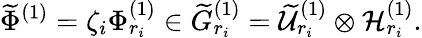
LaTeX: \widetilde{\Phi}^{(1)}=\zeta_{i}\Phi_{r_{i}}^{(1)}\in\widetilde{G}_{r_{i}}^{(1)}=\widetilde{\cal U}_{r_{i}}^{(1)}\otimes{\cal H}_{r_{i}}^{(1)}.